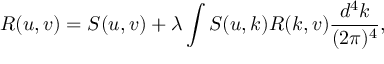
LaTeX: R ( u , v ) = S ( u , v ) + \lambda \int S ( u , k ) R ( k , v ) \frac { d ^ { 4 } k } { ( 2 \pi ) ^ { 4 } } ,